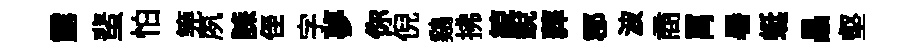
露蜚怕筦夙誄侄字夢你倪鷄拂綂銳葬郡波商罥暑蜓晶壑